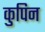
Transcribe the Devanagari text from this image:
कुपिन